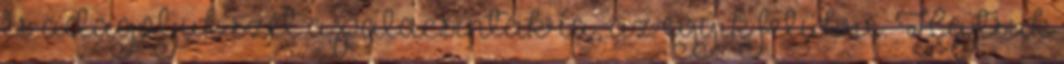
és adagoljuk szét a palacsintákra, az egyik felükre. Hajtsuk